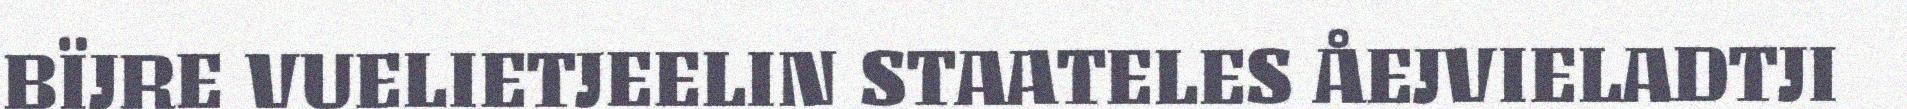
BÏJRE VUELIETJEELIN STAATELES ÅEJVIELADTJI